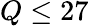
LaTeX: Q\leq 27